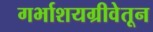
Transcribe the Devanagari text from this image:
गर्भाशयग्रीवेतून